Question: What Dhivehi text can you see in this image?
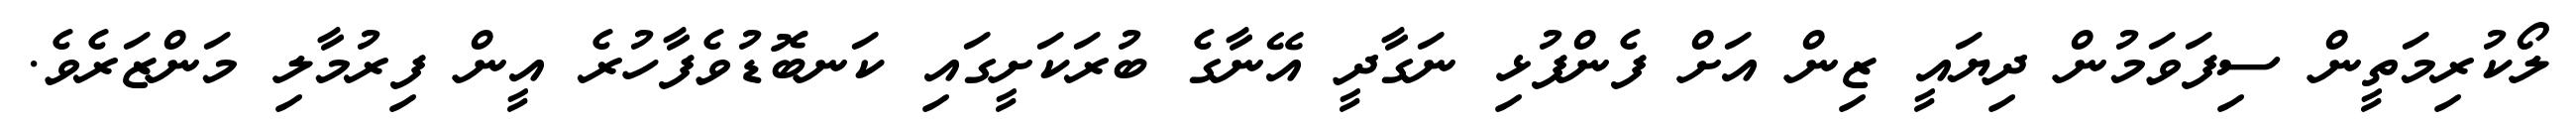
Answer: ލޯކުރިމަތީން ސިފަވަމުން ދިޔައީ ޒިން އަށް ފެންފުޅި ނަގާދީ އޭނާގެ ބުރަކަށީގައި ކަނބޮޑުވެފާހުރެ އީން ފިރުމާލި މަންޒަރެވެ.